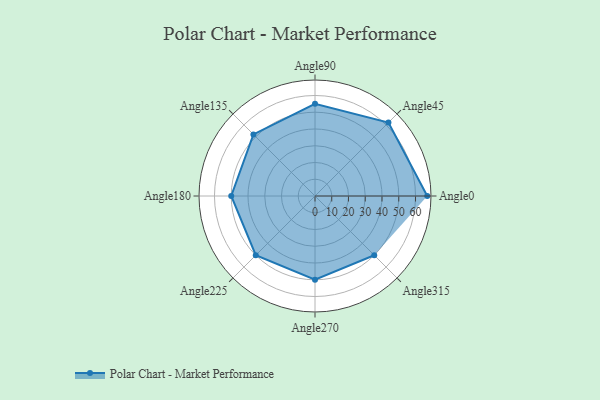
{"axis": {"x": "Angle", "y": "Radius"}, "legend": [""], "data": [{"x": "Angle0", "y": 67.0, "type": ""}, {"x": "Angle45", "y": 62.0, "type": ""}, {"x": "Angle90", "y": 55.0, "type": ""}, {"x": "Angle135", "y": 52.0, "type": ""}, {"x": "Angle180", "y": 50.0, "type": ""}, {"x": "Angle225", "y": 50, "type": ""}, {"x": "Angle270", "y": 50, "type": ""}, {"x": "Angle315", "y": 50, "type": ""}]}